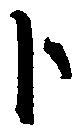
ト